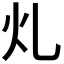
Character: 𭳿